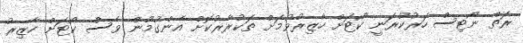
ރަތް ނޯޓިސް ހަރުކުރަނީ ކޯޓަށް ހާޒިރުވުމަށް ތަކުރާރުކޮށް އެންގުމުން ވެސް ކޯޓަށް ހާޒިރު